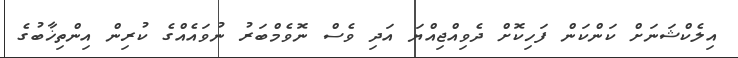
އިލެކްޝަނަށް ކަންކަން ފަހިކޮށް ދެވިއްޖިއްޔަ އަދި ވެސް ނޮވެމްބަރު ނުވައެއްގެ ކުރިން އިންތިޚާބުގެ